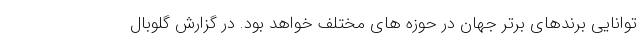
توانایی برندهای برتر جهان در حوزه های مختلف خواهد بود. در گزارش گلوبال